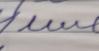
Signature authenticity: forged